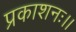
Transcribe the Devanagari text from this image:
प्रकाशनः।।